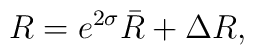
R = e^{2 \sigma} \bar{R} + \Delta R,